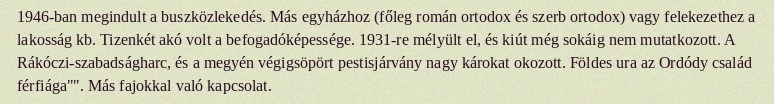
1946-ban megindult a buszközlekedés. Más egyházhoz (főleg román ortodox és szerb ortodox) vagy felekezethez a lakosság kb. Tizenkét akó volt a befogadóképessége. 1931-re mélyült el, és kiút még sokáig nem mutatkozott. A Rákóczi-szabadságharc, és a megyén végigsöpört pestisjárvány nagy károkat okozott. Földes ura az Ordódy család férfiága"". Más fajokkal való kapcsolat.